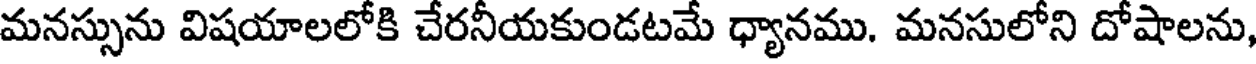
మనస్సును విషయాలలోకి చేరనీయకుండటమే ధ్యానము. మనసులోని దోషాలను,